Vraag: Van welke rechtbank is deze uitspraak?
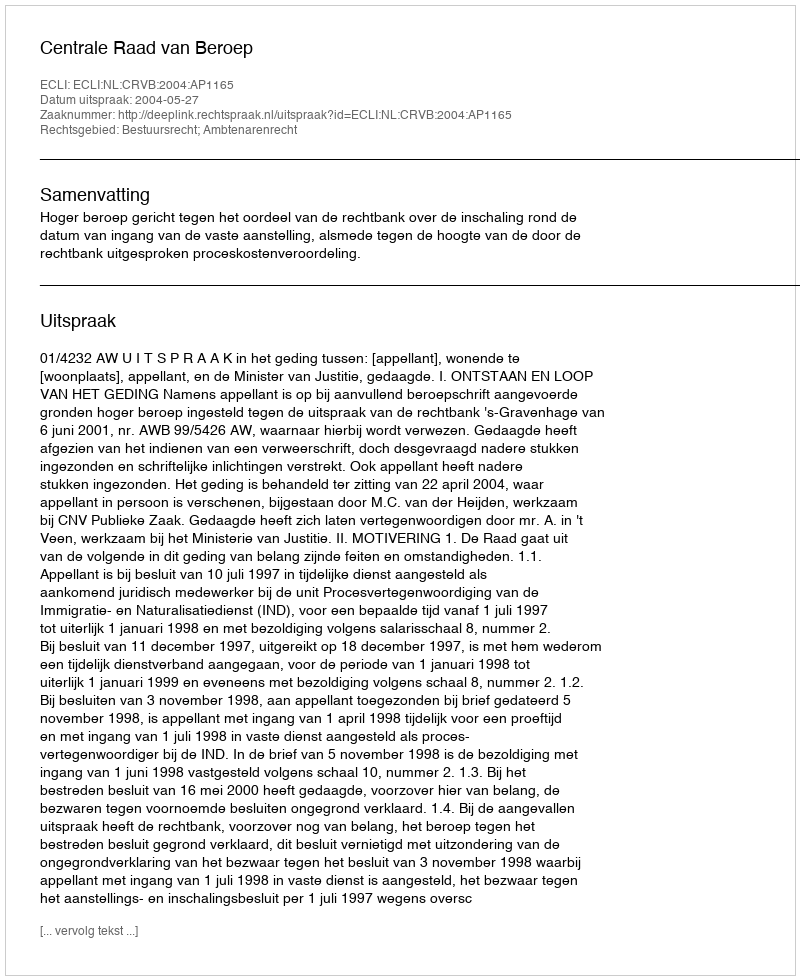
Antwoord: Centrale Raad van Beroep